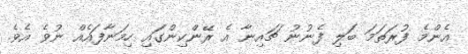
އެންމެ ފުރަތަމަ ބަލި ފެނުނު ޗައިނާ އެ ރޭންކިންގައި ހިމަނާފައެއް ނުވެ އެވެ.